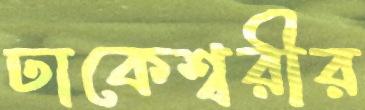
ঢাকেশ্বরীর